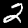
Label: 2